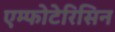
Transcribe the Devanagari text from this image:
एम्फोटेरिसिन